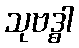
သုဗဒ္ဓါ